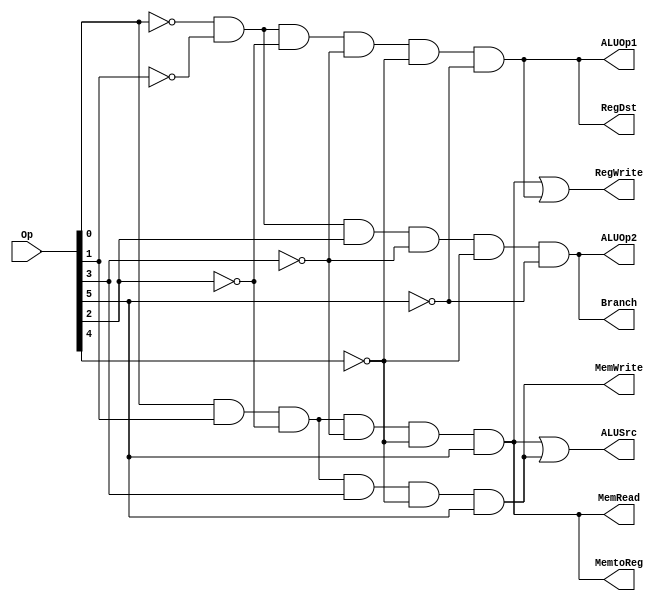
module main_control (Op,RegDst,ALUSrc, MemtoReg, RegWrite,
MemRead, MemWrite,Branch,ALUOp1,ALUOp2);
input [5:0] Op;
output RegDst,ALUSrc,MemtoReg, RegWrite, MemRead,
MemWrite,Branch,ALUOp1,ALUOp2;
wire Rformat, lw,sw,beq;
assign Rformat= (~Op[0])& (~Op[1])& (~Op[2])& (~Op[3])&
(~Op[4])& (~Op[5]);
assign lw = (Op[0])& (Op[1])& (~Op[2])& (~Op[3])&
(~Op[4])& (Op[5]);
assign sw = (Op[0])& (Op[1])& (~Op[2])& (Op[3])&
(~Op[4])& (Op[5]);
assign beq = (~Op[0])& (~Op[1])& (Op[2])& (~Op[3])&
(~Op[4])& (~Op[5]);

assign RegDst=Rformat;
assign ALUSrc = lw|sw;
assign MemtoReg = lw;
assign RegWrite = lw|Rformat;
assign MemRead = lw;
assign MemWrite = sw;
assign Branch = beq;
assign ALUOp1 = Rformat;
assign ALUOp2 = beq;
endmodule